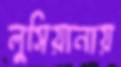
লুসিয়ানায়